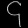
Digit: ၄